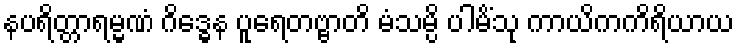
နပရိတ္တာရမ္မဏံ ဂိဒ္ဓေန ပူရေတဗ္ဗာတိ မံသမ္ပိ ပါမိံသု ကာယိကကိရိယာယ